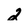
Character: 2